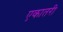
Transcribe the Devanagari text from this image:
एकातरी